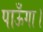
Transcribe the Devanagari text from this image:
पाऊँगा।